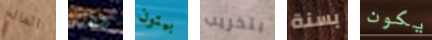
المالح معك بيتون بتخريب بسنة يكون